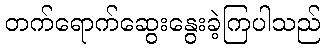
တက်ရောက်ဆွေးနွေးခဲ့ကြပါသည်